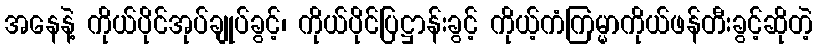
အနေနဲ့ ကိုယ်ပိုင်အုပ်ချုပ်ခွင့်၊ ကိုယ်ပိုင်ပြဋ္ဌာန်းခွင့် ကိုယ့်ကံကြမ္မာကိုယ်ဖန်တီးခွင့်ဆိုတဲ့